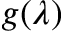
g ( \lambda )